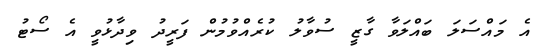
އެ މައްސަލަ ބައްލަވާ ގާޒީ ސުވާލު ކުރެއްވުމުން ފަރީދު ވިދާޅުވީ އެ ސޯޓު